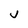
Character: v